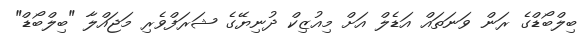
ބިލްބޯޑްގެ ރަން ވަނަތައް އަޑެލް އަށް މިއުޒިކް ދުނިޔޭގެ ޝަރަފްވެރި މަޖައްލާ "ބިލްބޯޑް"